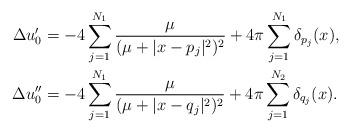
LaTeX: \begin{align*}\Delta u_0'&=-4\sum\limits_{j=1}^{N_1}{\dfrac{\mu}{(\mu+|x-p_j|^2)^2}}+4\pi\sum\limits_{j=1}^{N_1}{\delta_{p_j}(x)},\\\Delta u_0''&=-4\sum\limits_{j=1}^{N_1}{\dfrac{\mu}{(\mu+|x-q_j|^2)^2}}+4\pi\sum\limits_{j=1}^{N_2}{\delta_{q_j}(x)}.\end{align*}